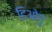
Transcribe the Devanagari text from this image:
डिओगु